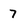
Character: 7